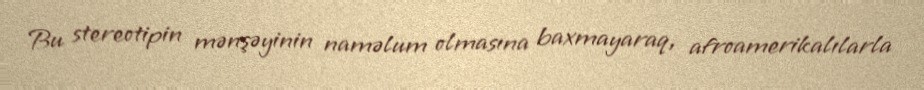
Bu stereotipin mənşəyinin naməlum olmasına baxmayaraq, afroamerikalılarla